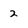
Character: 2